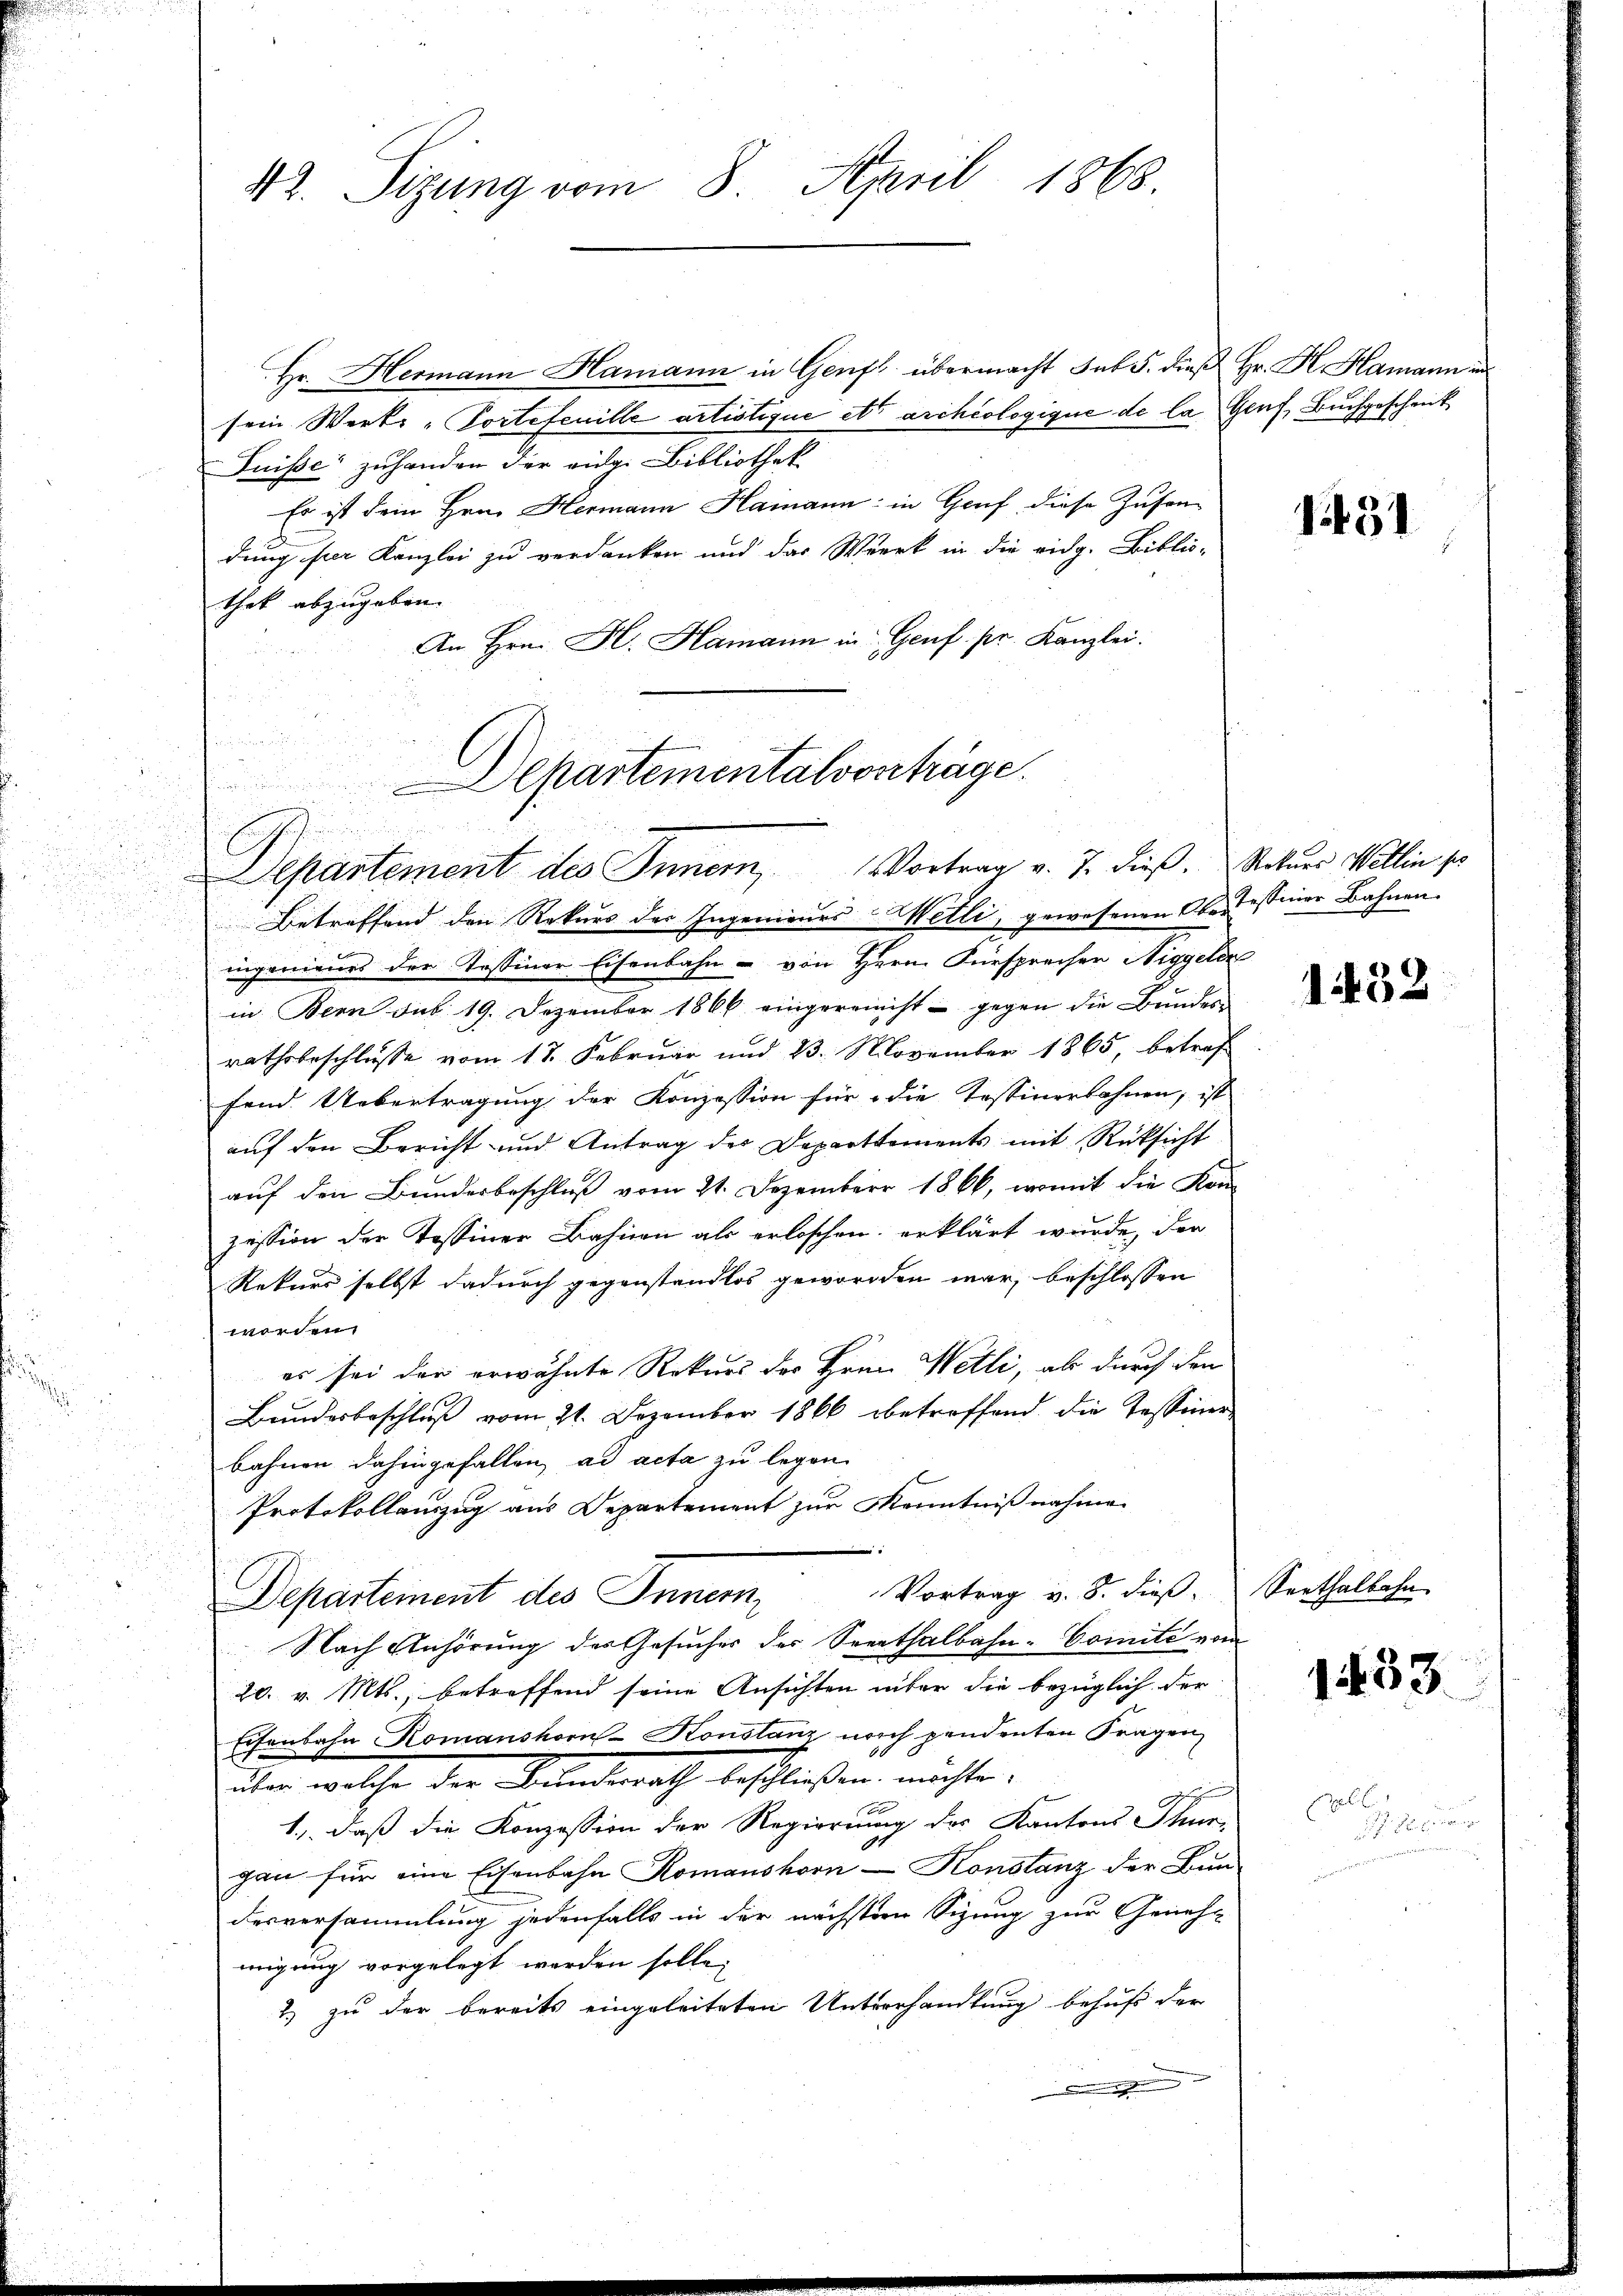
42. Sizung vom 8. April 1868.

Hr. Hermann Hamann in Genf übermacht sub 5. dieß Hr. H. Hamann au
sein Werke-Portefenille artistique etc archéologique de la Genf, Buchgeschenk
Puisse zuhanden der vig.-Bibliothek
Es ist dein Hrn. Hermann Hamann in Genf diese Zuser-
dung der Kanzlei zu verdanken und das Werk in die eidg. Biblio-
thek abzugeben.
An Hrn. F. Hamann in Genf. pr. Kanzlei.
Betreffend den Rekurs der Ingenieurs Wetli, gewesenen Obersiner Bahnen.
ingenieurs der Tessiner Eisenbahn - von Herrn Fürsprecher Niggelin
in Bern sub 19. Dezember 1866 eingereinicht - gegen die Bundes
rathsbeschluße vom 17. Februar und 23. November 1865, betref
fend Uebertragung der Konzession für die Tessinerbahnen, ist
auf den Bericht und Antrag der Departements mit Rücksicht
auf den Bundesbeschluß vom 21. Dezember 1866, womit die Kon-
zession der Tessiner Bahnen als erloschen, erklärt wurde, der
Rekurs selbst dadurch gegenstandlos geworden war, beschlossen
worden.
es sei der erwähnte Rekurs der Hrnn Wetti, als durch den
Bundesbeschluß vom 21. Dezember 1866 betroffend die Tessinerbahnen dahingefallen ad acta zu legen
Protokollauszug aus Departement zur Kenntniß nahmen
Vortrag v. 8. dieß. Seithalbahn
Departement des Innern,
Nach Anhörung des Gesuches der Seenthalbahn-Comite vom
20. v. Mts., betreffend seine Ansichten über die bezüglich der
Eisenbahn Komanshorn-Konstanz noch pendenten Fragen
über welche der Branderath beschloßen möchte.
1., daß die Konzession der Regierung des Kantons Thur-
gan für eine Eisenbahn Komanshorn - Konstanz der Bun-
desversammlung jedenfalls in der nächsten Sizung zur Genehm
migung vorgelegt worden solle.
2.) zu der bereits eingeleiteten Unterhandlung behufs der
.

Departementalvorträge.
Sunstens in den
x
Separtement des Innern, Vortrag v. J. dieß. Rohnes Wellin so

1431

1432

1453.